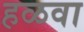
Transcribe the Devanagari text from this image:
हळवा